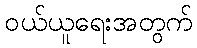
ဝယ်ယူရေးအတွက်